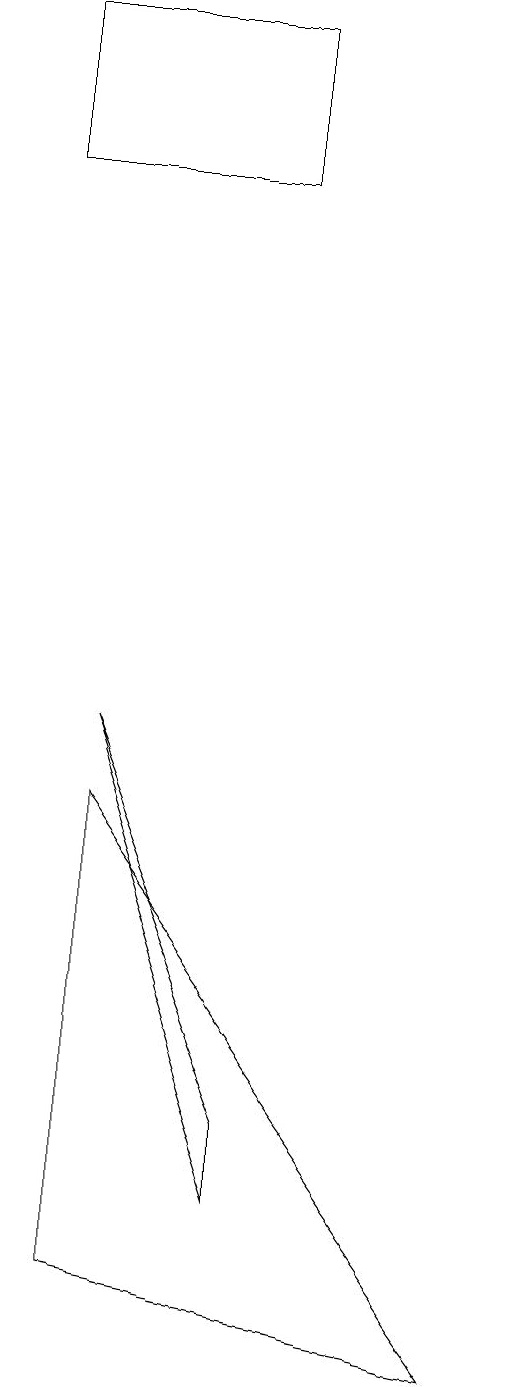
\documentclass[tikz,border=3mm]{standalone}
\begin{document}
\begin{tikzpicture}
\draw (2,1) -- (2,7) -- (7,0) -- cycle;
\draw (4,2) -- (2,8) -- (4,3) -- cycle;
\draw (4,17) rectangle (1,15);
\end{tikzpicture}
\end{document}